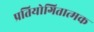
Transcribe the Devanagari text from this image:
प्रतियोगितात्मक